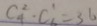
C ^ { 2 } _ { 4 } \cdot C ^ { 1 } _ { 6 } = 3 6